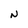
Character: N